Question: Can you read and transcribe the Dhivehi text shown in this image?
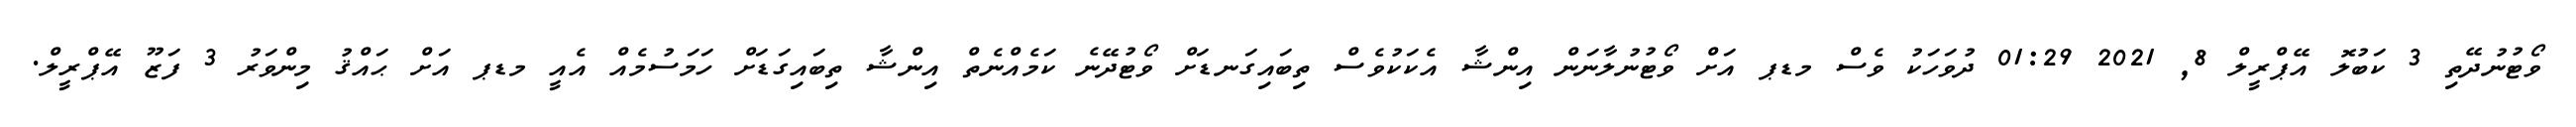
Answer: ވޯޓުނުދޭތި 3 ކަބުލޮ އޭޕްރީލް 8, 2021 01:29 ދުވަހަކު ވެސް މޑޕ އަށް ވޯޓުނުލާނަން އިންޝާ އެކަކުވެސް ތިބައިގަނޑަށް ވޯޓުދޭނެ ކަމެއްނެތް އިންޝާ ތިބައިގަޑަށް ހަމަސުމެއް އެއީ މޑޕ އަށް ޙައްޤު މިންވަރު 3 ފަޒޫ އޭޕްރީލް.